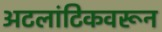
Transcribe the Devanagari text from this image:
अटलांटिकवरून